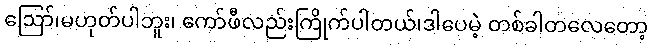
ဪ၊မဟုတ်ပါဘူး၊ ကော်ဖီလည်းကြိုက်ပါတယ်၊ဒါပေမဲ့ တစ်ခါတလေတော့